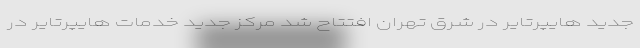
جدید هایپرتایر در شرق تهران افتتاح شد مرکز جدید خدمات هایپرتایر در